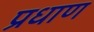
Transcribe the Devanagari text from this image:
प्रधाण